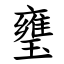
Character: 㻾